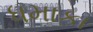
ધમાકા